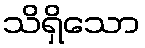
သိရှိသော